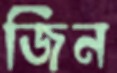
জিন